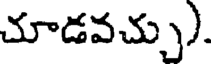
చూడవచ్చు).